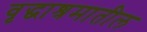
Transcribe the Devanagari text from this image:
वृद्धाश्रमातील